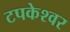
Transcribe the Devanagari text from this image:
टपकेश्‍वर